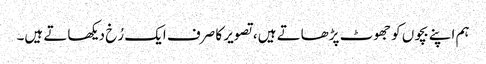
ہم اپنے بچوں کو جھوٹ پڑھاتے ہیں، تصویر کا صرف ایک رُخ دیکھاتے ہیں۔